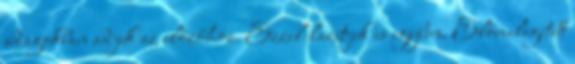
adagokban adjuk az előzőhöz. Ezzel lazítjuk is egyben. Előmelegített